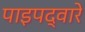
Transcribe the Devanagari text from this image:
पाइपद्वारे